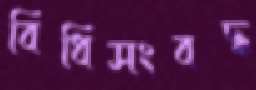
বিধিসংবদ্ধ